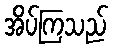
အိပ်ကြသည်